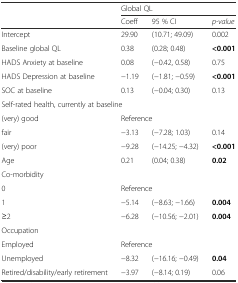
<table><thead><tr><td></td><td colspan="3"><b>Global QL</b></td></tr><tr><td></td><td><b>Coeff</b></td><td><b>95 % CI</b></td><td><b><i>p-value</i></b></td></tr></thead><tbody><tr><td>Intercept</td><td>29.90</td><td>(10.71; 49.09)</td><td>0.002</td></tr><tr><td>Baseline global QL</td><td>0.38</td><td>(0.28; 0.48)</td><td><b>&lt;0.001</b></td></tr><tr><td>HADS Anxiety at baseline</td><td>0.08</td><td>(−0.42, 0.58)</td><td>0.75</td></tr><tr><td>HADS Depression at baseline</td><td>−1.19</td><td>(−1.81; −0.59)</td><td><b>&lt;0.001</b></td></tr><tr><td>SOC at baseline</td><td>0.13</td><td>(−0.04; 0.30)</td><td>0.13</td></tr><tr><td colspan="4">Self-rated health, currently at baseline</td></tr><tr><td>(very) good</td><td colspan="3">Reference</td></tr><tr><td>fair</td><td>−3.13</td><td>(−7.28; 1.03)</td><td>0.14</td></tr><tr><td>(very) poor</td><td>−9.28</td><td>(−14.25; −4.32)</td><td><b>&lt;0.001</b></td></tr><tr><td>Age</td><td>0.21</td><td>(0.04; 0.38)</td><td><b>0.02</b></td></tr><tr><td colspan="4">Co-morbidity</td></tr><tr><td>0</td><td colspan="3">Reference</td></tr><tr><td>1</td><td>−5.14</td><td>(−8.63; −1.66)</td><td><b>0.004</b></td></tr><tr><td>≥2</td><td>−6.28</td><td>(−10.56; −2.01)</td><td><b>0.004</b></td></tr><tr><td colspan="4">Occupation</td></tr><tr><td>Employed</td><td colspan="3">Reference</td></tr><tr><td>Unemployed</td><td>−8.32</td><td>(−16.16; −0.49)</td><td><b>0.04</b></td></tr><tr><td>Retired/disability/early retirement</td><td>−3.97</td><td>(−8.14; 0.19)</td><td>0.06</td></tr></tbody></table>